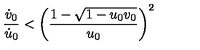
\frac { \dot { v } _ { 0 } } { \dot { u } _ { 0 } } < \left( \frac { 1 - \sqrt { 1 - u _ { 0 } v _ { 0 } } } { u _ { 0 } } \right) ^ { 2 }